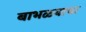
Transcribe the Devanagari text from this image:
बाभळ्याचा